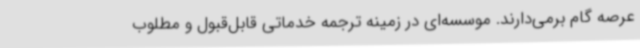
عرصه گام برمی‌دارند. موسسه‌ای در زمینه ترجمه خدماتی قابل‌قبول و مطلوب